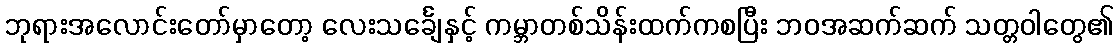
ဘုရားအလောင်းတော်မှာတော့ လေးသင်္ချေနှင့် ကမ္ဘာတစ်သိန်းထက်ကစပြီး ဘဝအဆက်ဆက် သတ္တဝါတွေ၏